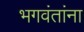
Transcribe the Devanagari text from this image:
भगवंतांना